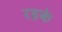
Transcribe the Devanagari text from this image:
रहके